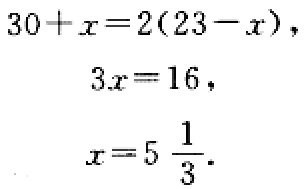
\[

\begin{align*}

30 + x &= 2(23 - x),\\

3x&=16,\\

x&=5\frac{1}{3}.

\end{align*}

\]